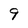
Character: 9